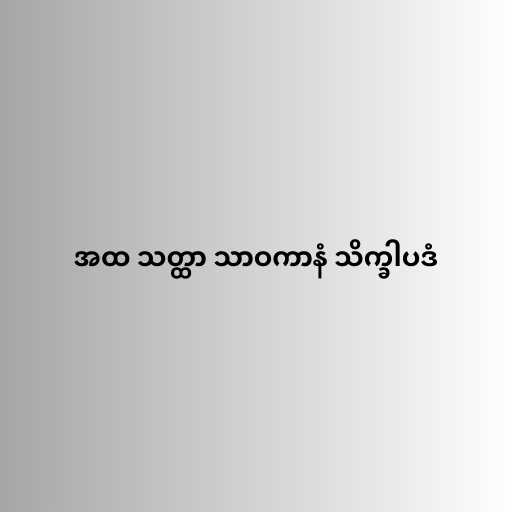
အထ သတ္ထာ သာဝကာနံ သိက္ခါပဒံ